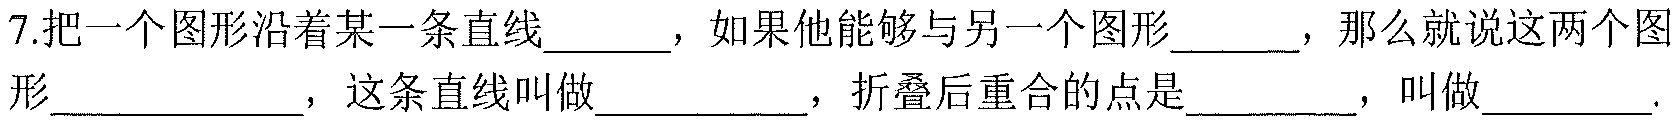
7.把一个图形沿着某一条直线______，如果他能够与另一个图形______，那么就说这两个图形___________，这条直线叫做__________，折叠后重合的点是________，叫做________.